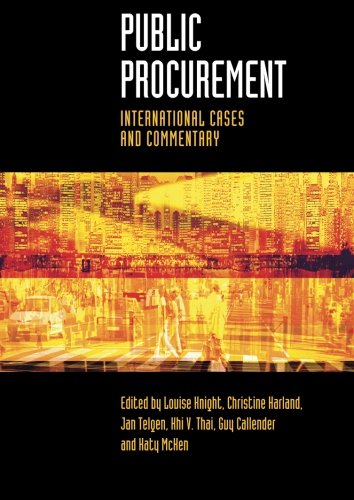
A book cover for Public Procurement: International Cases and Commentary; Business & Money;